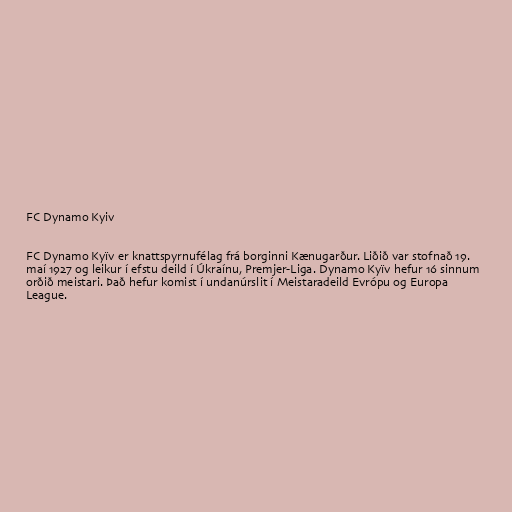
FC Dynamo Kyiv

FC Dynamo Kyïv er knattspyrnufélag frá borginni Kænugarður. Liðið var stofnað 19.
maí 1927 og leikur í efstu deild í Úkraínu, Premjer-Liga. Dynamo Kyïv hefur 16 sinnum
orðið meistari. Það hefur komist í undanúrslit í Meistaradeild Evrópu og Europa
League.